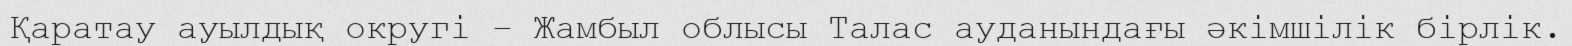
Қаратау ауылдық округі – Жамбыл облысы Талас ауданындағы әкімшілік бірлік.